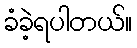
ခံခဲ့ရပါတယ်။